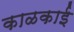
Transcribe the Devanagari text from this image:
काळकाई